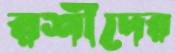
রশীদের